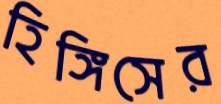
হিঙ্গিসের